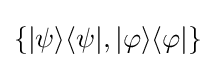
\{|\psi \rangle \langle \psi |,|\varphi \rangle \langle \varphi |\}